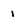
Character: i